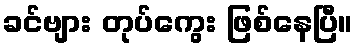
ခင်ဗျား တုပ်ကွေး ဖြစ်နေပြီ။